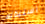
استبداله